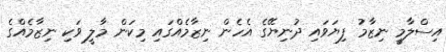
އިސްލާމީ ނިޒާމު ފިޔަވައި ދުނިޔޭގެ އެހެން ނިޒާމެއްގައި މިކަން މާލީ ވަކި ނިޒާމެއްގެ